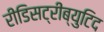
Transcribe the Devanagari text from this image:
रीडिसट्रीब्युटिद